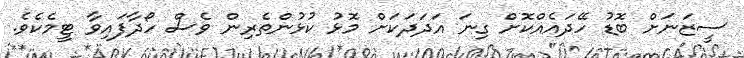
ސީޒަނަށް ބޮޑު ހޭދައެއްކޮށް ގިނަ އަދަދަކަށް މޮޅު ކުޅުންތެރިން ވެސް ހޯދާފައިވާ ޓީމެކެވެ.